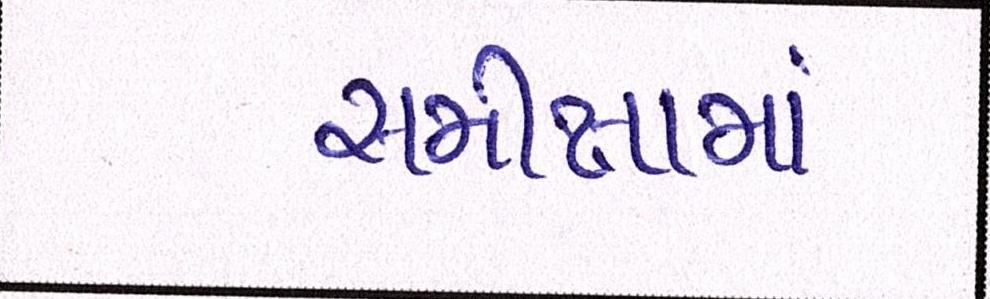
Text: સમીક્ષામાં